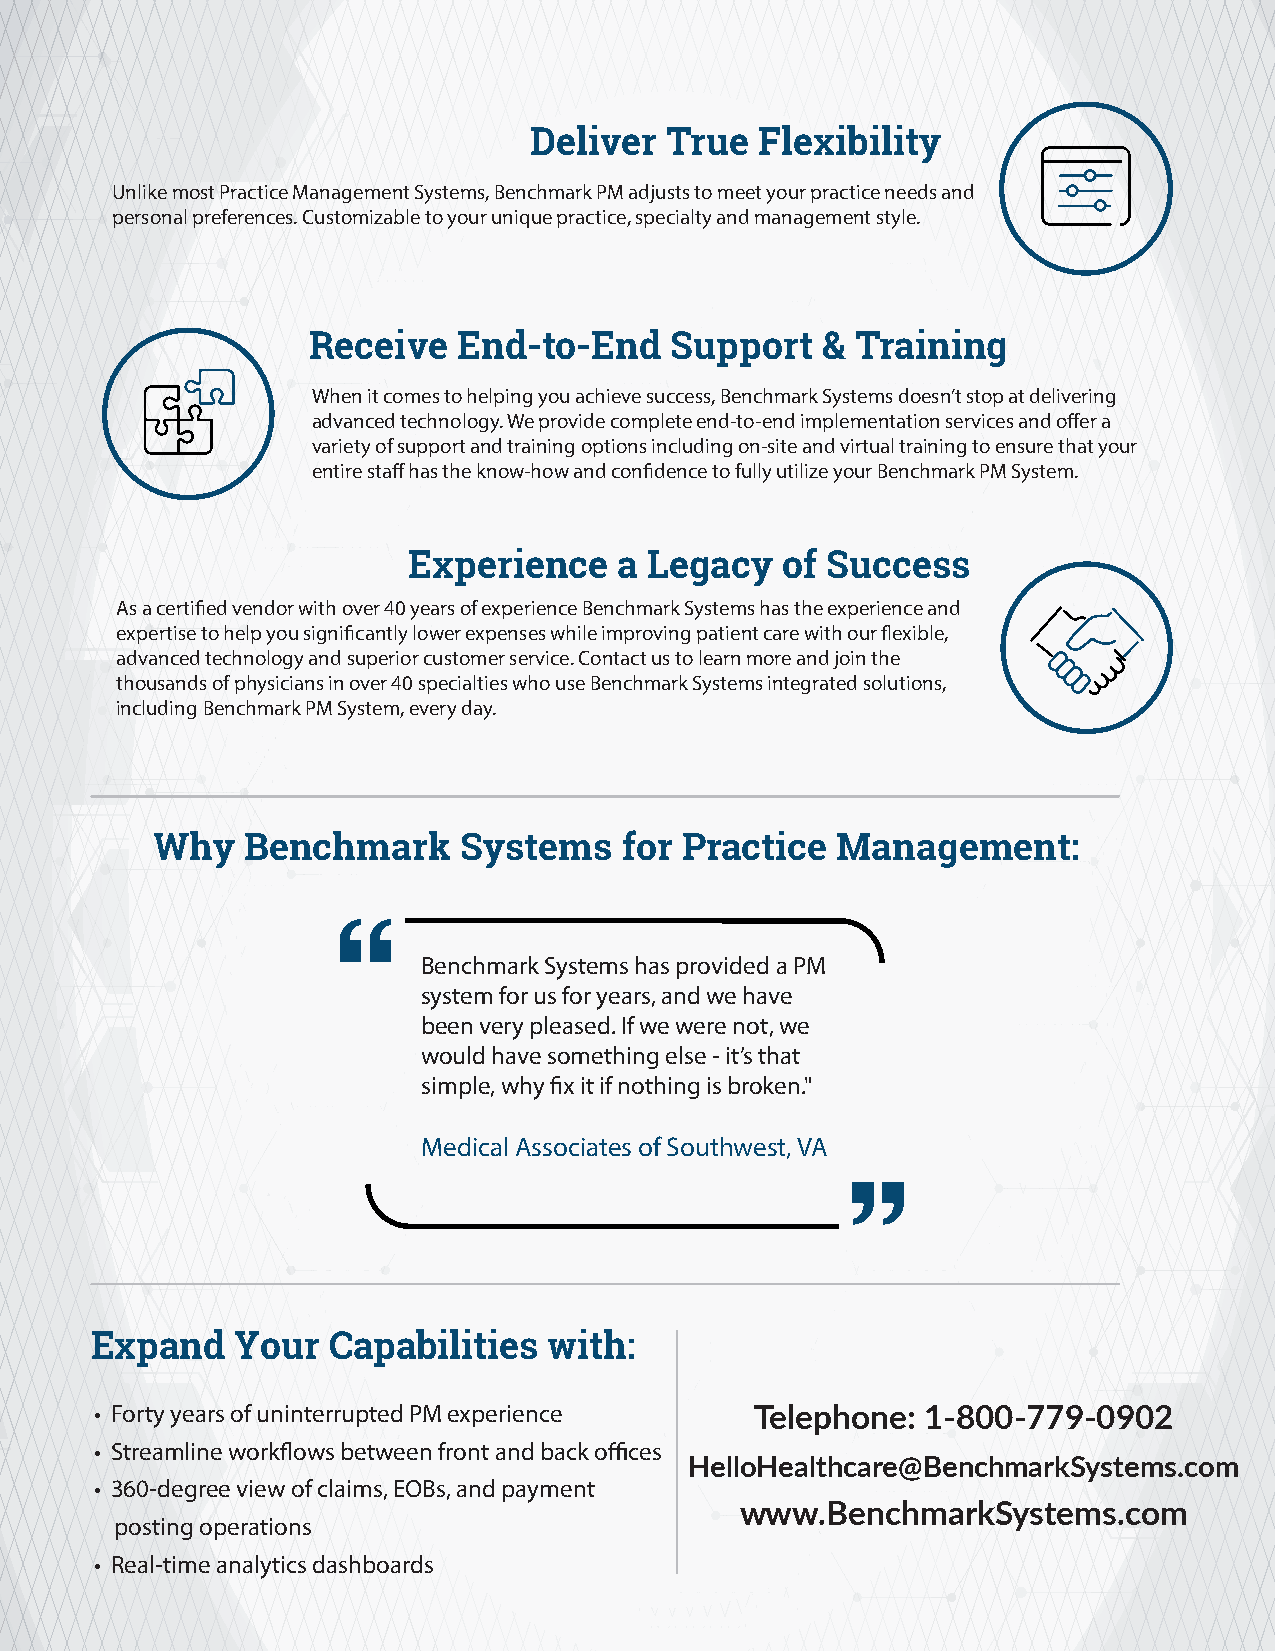
Deliver  True  Flexibility
 Unlike most Practice Management Systems, Benchmark PM adjusts to meet your practice needs and
 personal preferences. Customizable to your unique practice, specialty and management style.
 Receive   End-to-End    Support   &  Training
 When it comes to helping you achieve success, Benchmark Systems doesn’t stop at delivering
 advanced technology. We provide complete end-to-end implementation services and offer a
 variety of support and training options including on-site and virtual training to ensure that your
 entire staff has the know-how and confidence to fully utilize your Benchmark PM System.
 Experience    a Legacy   of Success
 As a certified vendor with over 40 years of experience Benchmark Systems has the experience and
 expertise to help you significantly lower expenses while improving patient care with our flexible,
 advanced technology and superior customer service. Contact us to learn more and join the
 thousands of physicians in over 40 specialties who use Benchmark Systems integrated solutions,
 including Benchmark PM System, every day.
 Why   Benchmark     Systems    for Practice  Management:
 Benchmark Systems has provided a PM
 system for us for years, and we have
 been very pleased. If we were not, we
 would have something else - it’s that
 simple, why fix it if nothing is broken."
 Medical Associates of Southwest, VA
 Expand    Your  Capabilities  with:
 • Forty years of uninterrupted PM experience Telephone: 1-800-779-0902
 • Streamline workflows between front and back offices
 HelloHealthcare@BenchmarkSystems.com
 • 360-degree view of claims, EOBs, and payment
 www.BenchmarkSystems.com
 posting operations
 • Real-time analytics dashboards